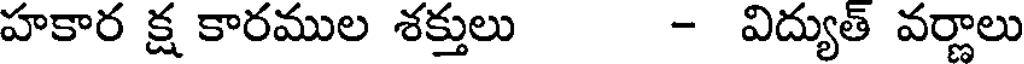
హకార క్ష కారముల శక్తులు - విద్యుత్ వర్ణాలు